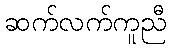
ဆက်လက်ကူညီ